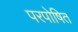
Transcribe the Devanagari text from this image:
परपोषित